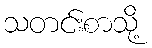
သတင်းစာသို့